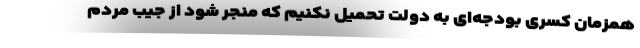
همزمان کسری بودجه‌ای به دولت تحمیل نکنیم که منجر شود از جیب مردم